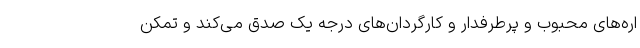
اره‌های محبوب و پرطرفدار و کارگردان‌های درجه یک صدق می‌کند و تمکن